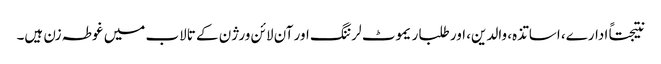
نتیجتاً ادارے، اساتذہ، والدین، اور طلبا ریموٹ لرننگ اور آن لائن ورژن کے تالاب میں غوطہ زن ہیں۔